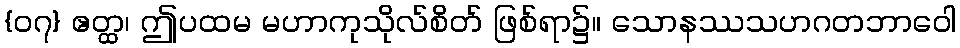
{၀၇} ဧတ္ထ၊ ဤပထမ မဟာကုသိုလ်စိတ် ဖြစ်ရာ၌။ သောနဿသဟဂတဘာဝေါ